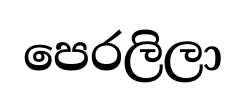
පෙරලිලා